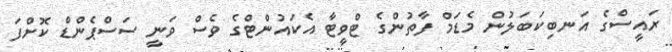
ރައީސްގެ އަނބިކަބަލުން މެޑަމް ފާތުންގެ ޓްވީޓާ އެކައުންޓްގެ ވެސް ވަނީ ސަސްޕެންޑް ކޮށްފަ